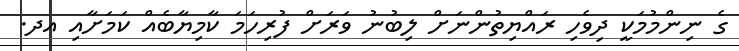
ގެ ނިންމުމަކީ ދިވެހި ރައްޔިތުންނަށް ލިބުނު ވަރަށް ފުރިހަމަ ކާމިޔާބެއް ކަމަށާއި އދ.